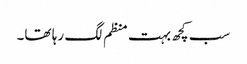
سب کچھ بہت منظم لگ رہا تھا۔